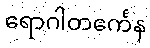
ရောဂါတင်္ကေန